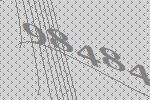
98484